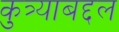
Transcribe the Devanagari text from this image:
कुत्र्याबद्दल